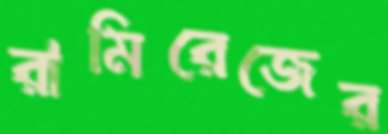
রামিরেজের